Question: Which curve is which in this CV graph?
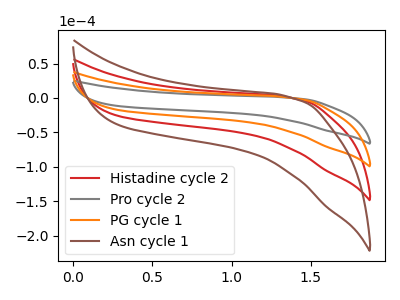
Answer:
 <answer>The red curve is labeled "Histadine cycle 2". The gray curve is labeled "Pro cycle 2". The orange curve is labeled "PG cycle 1". The brown curve is labeled "Asn cycle 1".</answer>
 <eval></eval>